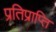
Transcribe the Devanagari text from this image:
प्रतिप्राप्ति